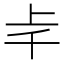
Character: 𠦋